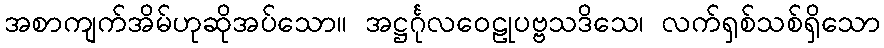
အစာကျက်အိမ်ဟုဆိုအပ်သော။ အဋ္ဌင်္ဂုလဝေဠုပဗ္ဗသဒိသေ၊ လက်ရှစ်သစ်ရှိသော